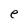
Character: e